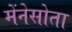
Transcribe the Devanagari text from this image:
मेंनेसोता